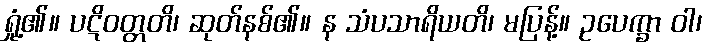
ရှုံ့၏။ ပဋိဝတ္တတိ၊ ဆုတ်နစ်၏။ န သံပသာရိယတိ၊ မပြန့်။ ဥပေက္ခာ ဝါ၊